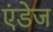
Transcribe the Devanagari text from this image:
एंडेज